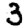
Digit: 3